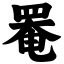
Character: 罨